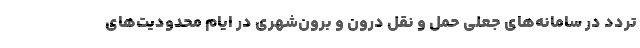
تردد در سامانه‌های جعلی حمل و نقل درون و برون‌شهری در ایام محدودیت‌های